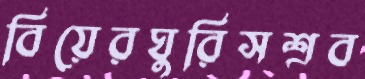
বিয়েরঘুরিসশ্রব